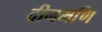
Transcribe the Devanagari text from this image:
दीनमणि